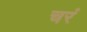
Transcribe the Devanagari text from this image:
चरं